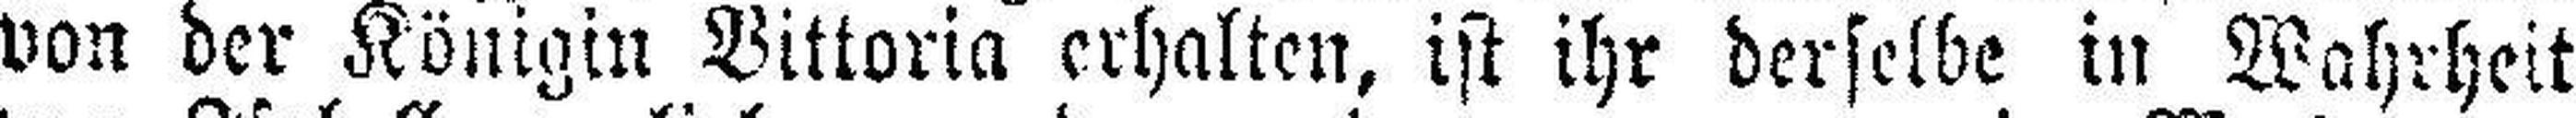
von der Königin Vittoria erhalten, ist ihr derselbe in Wahrheit